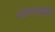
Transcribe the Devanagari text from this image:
नवलाईची